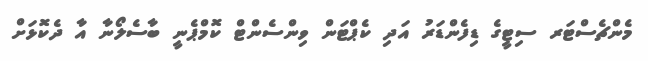
މެންޗެސްޓަރ ސިޓީގެ ޑިފެންޑަރު އަދި ކެޕްޓަން ވިންސެންޓް ކޮމްޕެނީ ބާސެލޯނާ އާ ދެކޮޅަށް